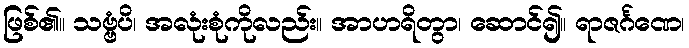
ဖြစ်၏။ သဗ္ဗံပိ၊ အလုံးစုံကိုလည်း။ အာဟရိတွာ၊ ဆောင်၍။ ရာဇင်္ဂဏေ၊